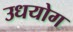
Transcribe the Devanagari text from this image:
उधयोग